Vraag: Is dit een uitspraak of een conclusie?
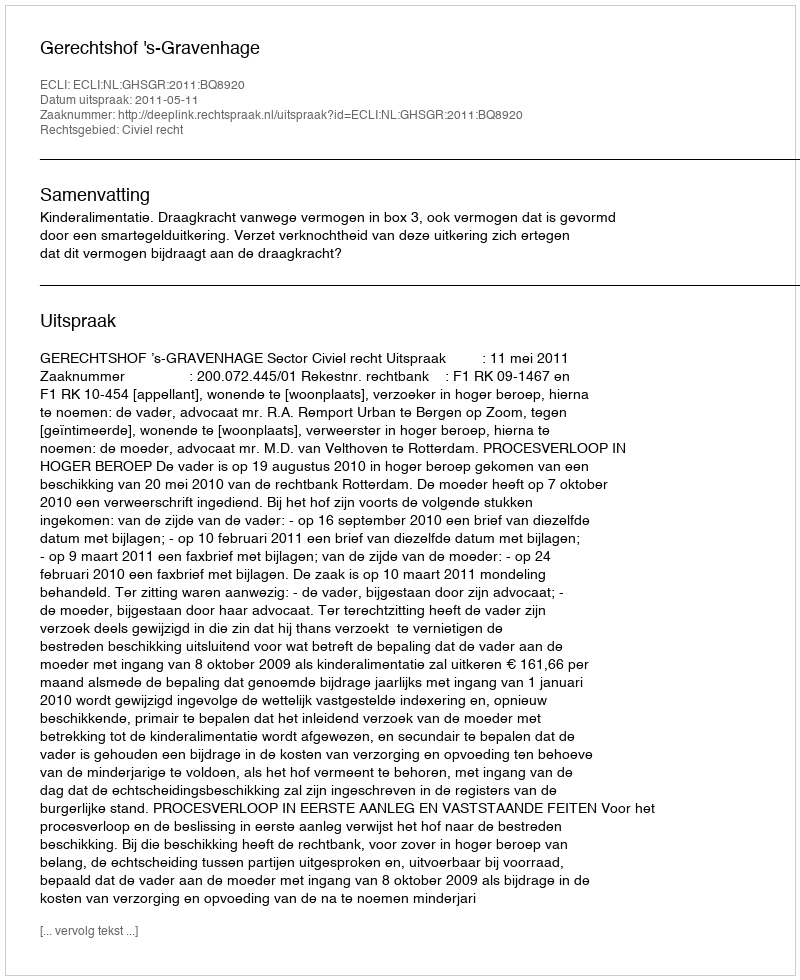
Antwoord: Uitspraak